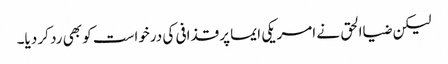
لیکن ضیاالحق نے امریکی ایما پر قذافی کی درخواست کو بھی رد کر دیا۔